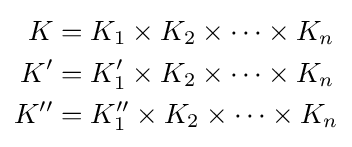
{\begin{aligned}K&=K_{1}\times K_{2}\times \cdots \times K_{n}\\K'&=K_{1}'\times K_{2}\times \cdots \times K_{n}\\K''&=K_{1}''\times K_{2}\times \cdots \times K_{n}\end{aligned}}